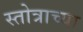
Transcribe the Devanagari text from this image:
स्तोत्राच्या